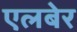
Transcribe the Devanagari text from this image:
एलबेर